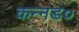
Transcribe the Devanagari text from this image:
कन्नड०